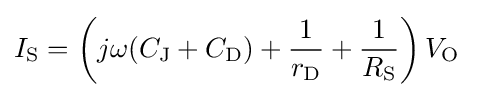
I_{\text{S}}=\left(j\omega (C_{\text{J}}+C_{\text{D}})+{\frac {1}{r_{\text{D}}}}+{\frac {1}{R_{\text{S}}}}\right)V_{\text{O}}\